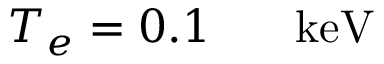
T _ { e } = 0 . 1 \ensuremath { \mathrm { ~ \textrm ~ { ~ \, ~ } ~ } } \ensuremath { \mathrm { k e V } }